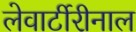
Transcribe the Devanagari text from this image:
लेवार्टीरीनाल